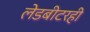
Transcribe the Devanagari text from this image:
लेडबीटरही